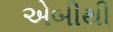
એબીથી